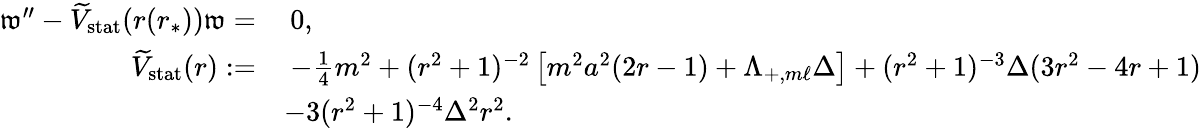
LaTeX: \begin{array}{rl}{\mathfrak{w}^{\prime\prime}-\widetilde{V}_{\mathrm{stat}}(r(r_{*}))\mathfrak{w}=}&{\: 0,}\\ {\widetilde{V}_{\mathrm{stat}}(r):=}&{\: -\frac{1}{4}m^{2}+(r^{2}+1)^{-2}\left[m^{2}a^{2}(2r-1)+\Lambda_{+,m\ell}\Delta\right]+(r^{2}+1)^{-3}\Delta(3r^{2}-4r+1)}\\ &{-3(r^{2}+1)^{-4}\Delta^{2}r^{2}.}\end{array}